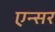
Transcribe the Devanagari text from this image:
एन्सर